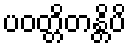
ပဝတ္တိတန္တိပိ